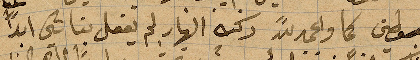
كما والحمدلله ركب النهار لم يفعل بنا شيء ابدًا